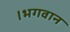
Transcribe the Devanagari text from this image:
।भगवान